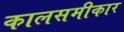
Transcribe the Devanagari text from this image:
कालसमीकार